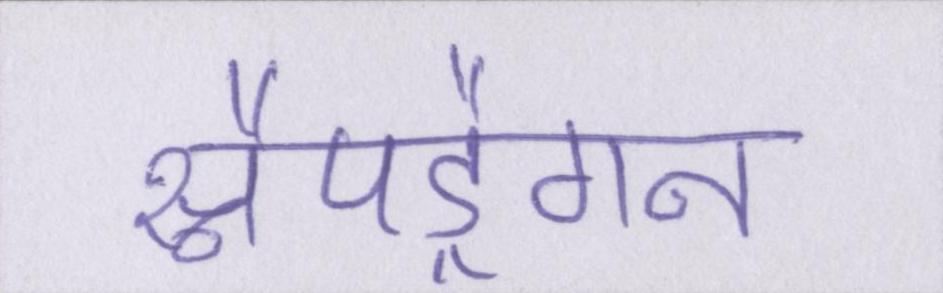
स्नैपड्रैगन